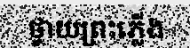
ថ្វាយព្រះភ្លើង